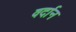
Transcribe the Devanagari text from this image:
वर्दान